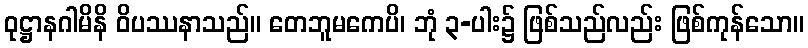
ဝုဋ္ဌာနဂါမိနိ ဝိပဿနာသည်။ တေဘူမကေပိ၊ ဘုံ ၃-ပါး၌ ဖြစ်သည်လည်း ဖြစ်ကုန်သော။